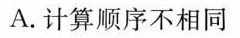
A.计算顺序不相同